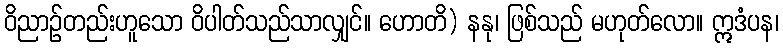
ဝိညာဉ်တည်းဟူသော ဝိပါတ်သည်သာလျှင်။ ဟောတိ) နနု၊ ဖြစ်သည် မဟုတ်လော။ ဣဒံပန၊